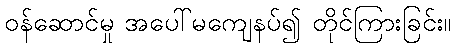
ဝန်ဆောင်မှု အပေါ်မကျေနပ်၍ တိုင်ကြားခြင်း။